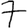
Digit: 7